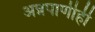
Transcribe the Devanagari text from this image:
अन्नपाणीही